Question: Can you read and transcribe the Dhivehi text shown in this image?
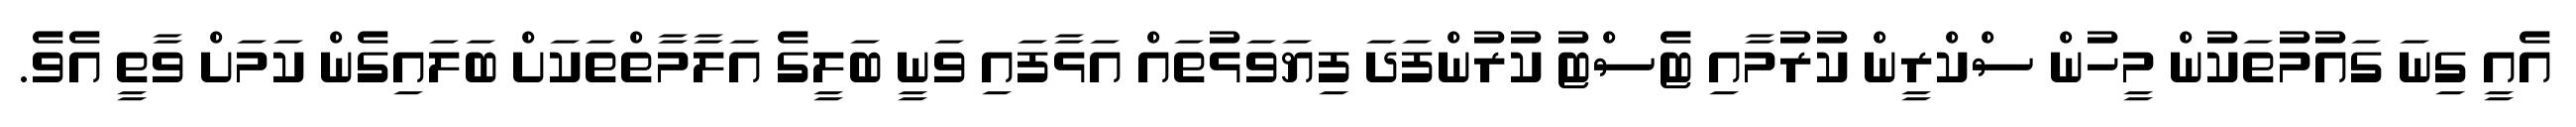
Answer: އެއީ ގިނަ ގައުމުތަކުން މީހުން ސްކްރީން ކުރުމާއި ޓެސްޓު ކުރުންފަދަ ފިޔަވަޅުތައް އަޅާފައި ވަނީ ބަލީގެ އަލާމާތްތަކަށް ބަލައިގެން ކަމަށް ވާތީ އެވެ.